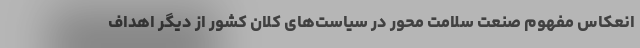
انعکاس مفهوم صنعت سلامت محور در سیاست‌های کلان کشور از دیگر اهداف